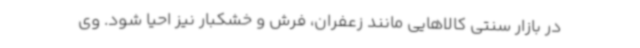
در بازار سنتی کالاهایی مانند زعفران، فرش و خشکبار نیز احیا شود. وی